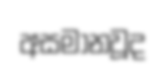
අසමානවූද